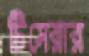
টিসেরার